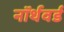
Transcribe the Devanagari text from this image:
नॉर्थवर्ड